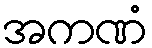
အကဏံ